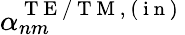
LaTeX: \alpha_{nm}^{\mathrm{~T~E~/~T~M~,~(~i~n~)~}}